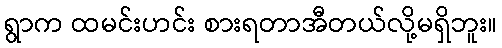
ရွာက ထမင်းဟင်း စားရတာအီတယ်လို့မရှိဘူး။